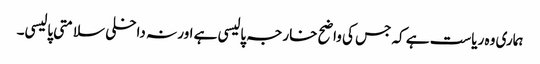
ہماری وہ ریاست ہے کہ جس کی واضح خارجہ پالیسی ہے اور نہ داخلی سلامتی پالیسی۔